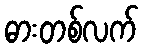
ဓားတစ်လက်